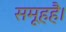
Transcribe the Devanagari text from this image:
समूहहै।